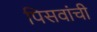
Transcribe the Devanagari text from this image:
पिसवांची